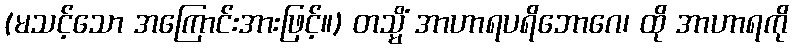
(မသင့်သော အကြောင်းအားဖြင့်။) တသ္မိံ အာဟာရပရိဘောဂေ၊ ထို အာဟာရကို